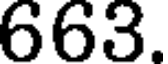
663.